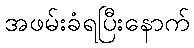
အဖမ်းခံရပြီးနောက်